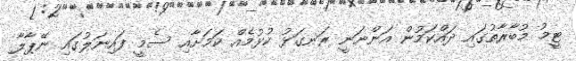
ޓީމު މުބާރާތުގައި ދައްކަމުން އަންނަނީ ރަނގަޅު ކުޅުމެއް ކަމަށާއި ސެމީ ފައިނަލުގައި ނޭޕާލާ